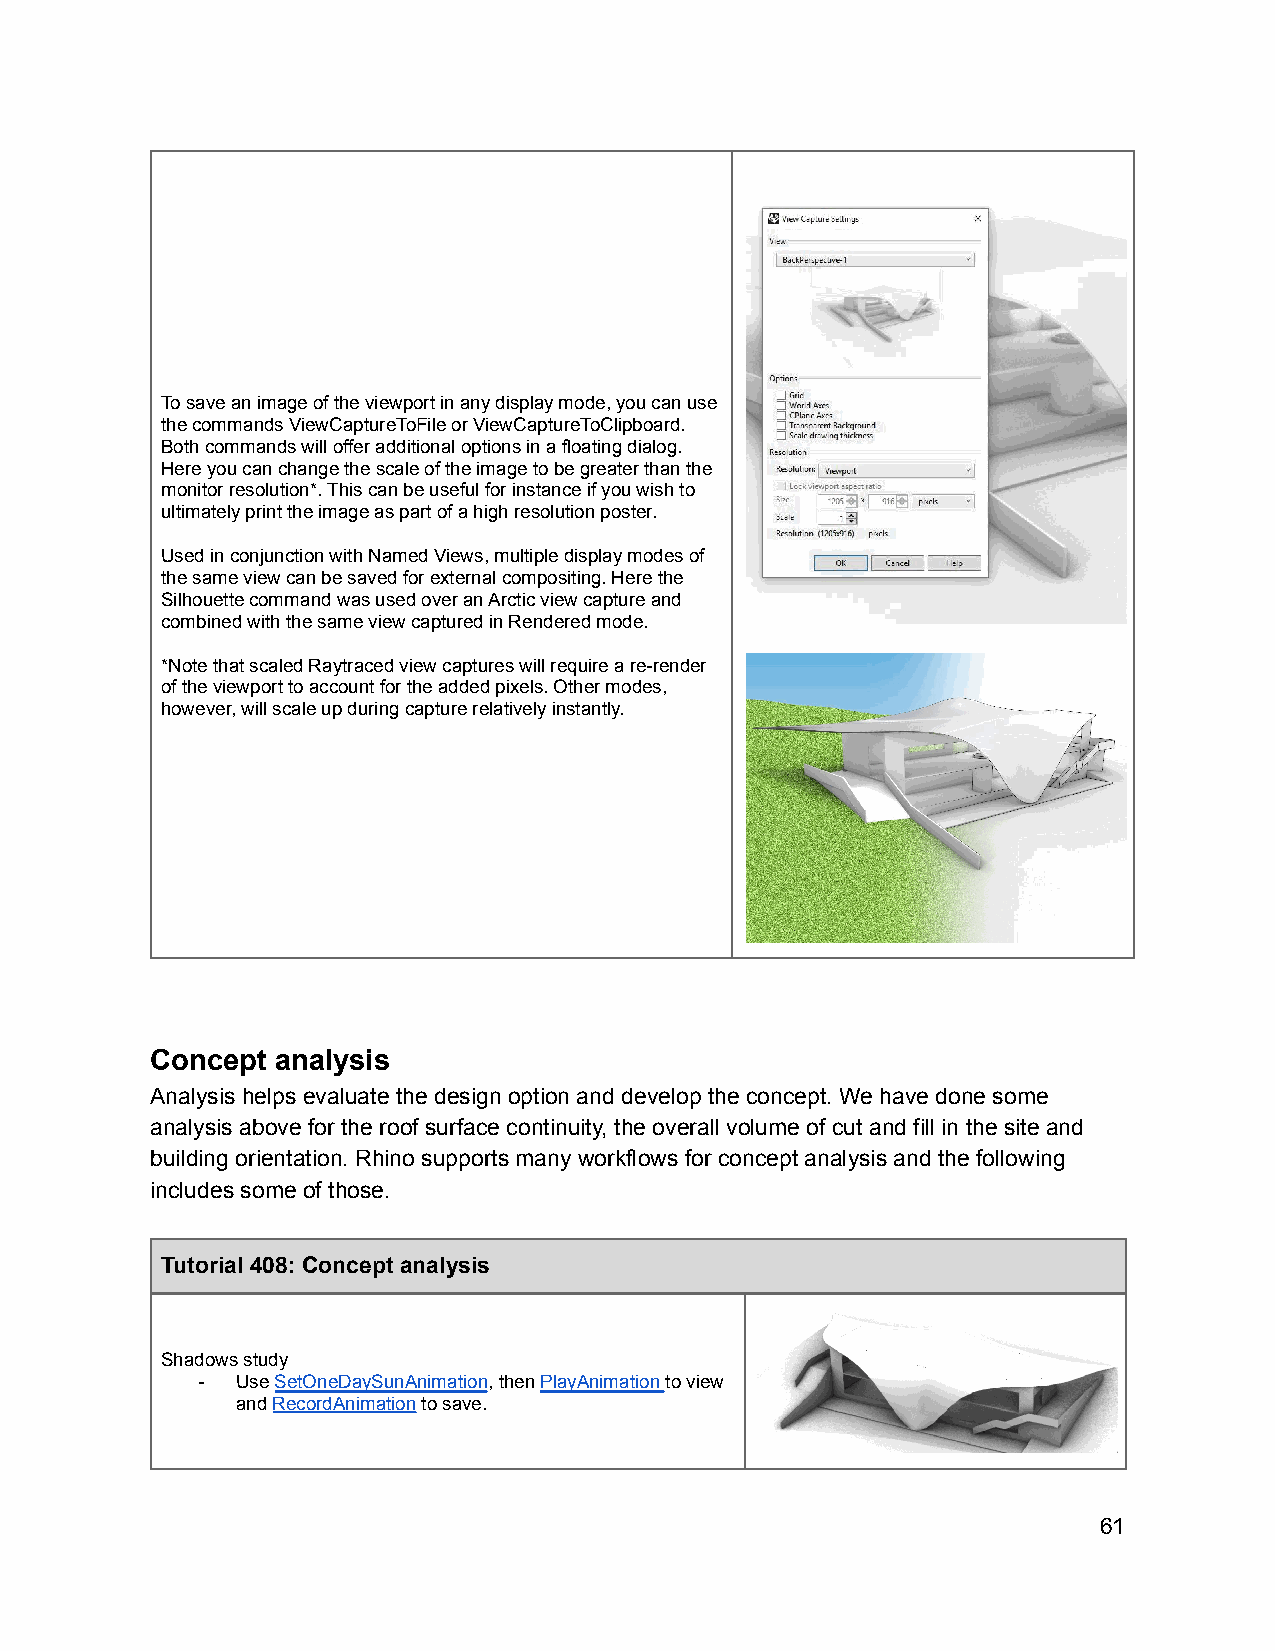
To save an image of the viewport in any display mode, you can use
 the commands ViewCaptureToFile or ViewCaptureToClipboard.
 Both commands will offer additional options in a floating dialog.
 Here you can change the scale of the image to be greater than the
 monitor resolution*. This can be useful for instance if you wish to
 ultimately print the image as part of a high resolution poster.
 Used in conjunction with Named Views, multiple display modes of
 the same view can be saved for external compositing. Here the
 Silhouette command was used over an Arctic view capture and
 combined with the same view captured in Rendered mode.
 *Note that scaled Raytraced view captures will require a re-render
 of the viewport to account for the added pixels. Other modes,
 however, will scale up during capture relatively instantly.
 Concept analysis
 Analysis helps evaluate the design option and develop the concept. We have done some
 analysis above for the roof surface continuity, the overall volume of cut and fill in the site and
 building orientation. Rhino supports many workflows for concept analysis and the following
 includes some of those.
 Tutorial 408: Concept analysis
 Shadows study
 -  UseSetOneDaySunAnimation, thenPlayAnimationto view
 andRecordAnimationto save.
 61